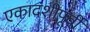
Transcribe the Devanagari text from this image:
एकादशीपूर्वी